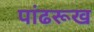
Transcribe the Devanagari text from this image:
पांढरूख